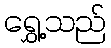
ရွှေ့သည်